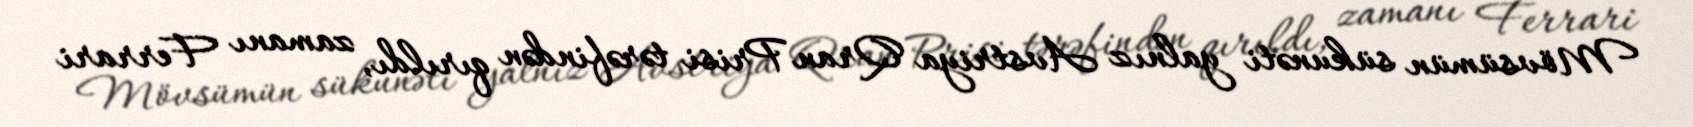
Mövsümün sükunəti yalnız Avstriya Qran Prisi tərəfindən qırıldı, zamanı Ferrari